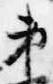
弟